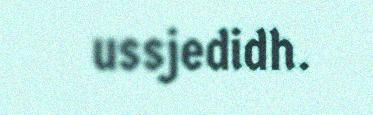
ussjedidh.